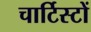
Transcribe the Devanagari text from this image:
चार्टिस्टों